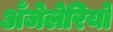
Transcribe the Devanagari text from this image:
अँजेलेरियो